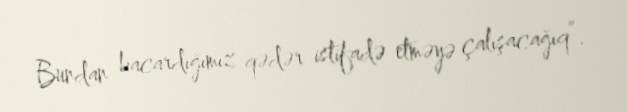
Bundan bacardığımız qədər istifadə etməyə çalışacağıq”.